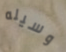
وسيله